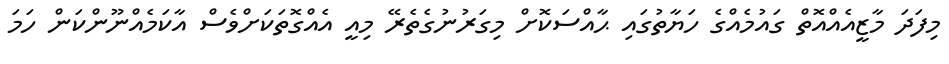
މިފަދަ މާޒީއެއްއޮތް ގައުމެއްގެ ހަޔާތުގައި ޙާއްސަކޮށް މިގަރުނުގެތެރޭ މިއީ އެއްގޮތަކަށްވެސް އާކަމެއްނޫންކަން ހަމަ